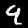
Digit: 9